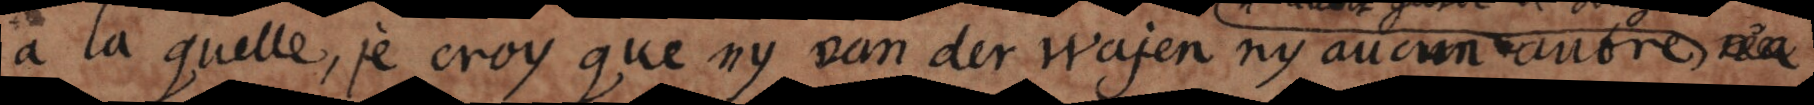
le, je croy que ny van der Wayen ny aucun autre